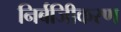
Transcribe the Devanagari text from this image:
निर्बजिीकरण